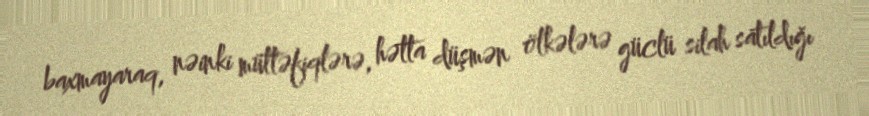
baxmayaraq, nəinki müttəfiqlərə, hətta düşmən ölkələrə güclü silah satıldığı